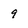
Character: 9